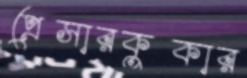
প্রেসারকুকার